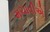
મચાવીએ